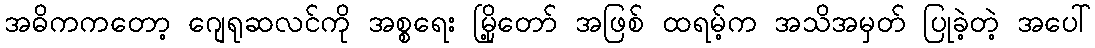
အဓိကကတော့ ဂျေရုဆလင်ကို အစ္စရေး မြို့တော် အဖြစ် ထရမ့်က အသိအမှတ် ပြုခဲ့တဲ့ အပေါ်